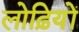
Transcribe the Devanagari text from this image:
लोढ़ियों